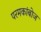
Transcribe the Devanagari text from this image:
परमकांबोज